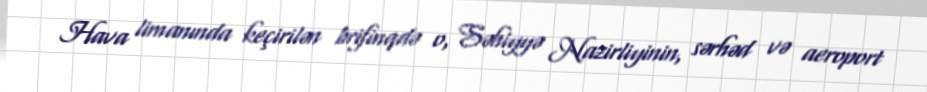
Hava limanında keçirilən brifinqdə o, Səhiyyə Nazirliyinin, sərhəd və aeroport